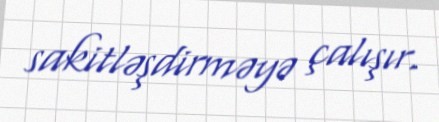
sakitləşdirməyə çalışır.